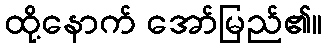
ထို့နောက် အော်မြည်၏။